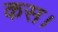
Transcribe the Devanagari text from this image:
कस।